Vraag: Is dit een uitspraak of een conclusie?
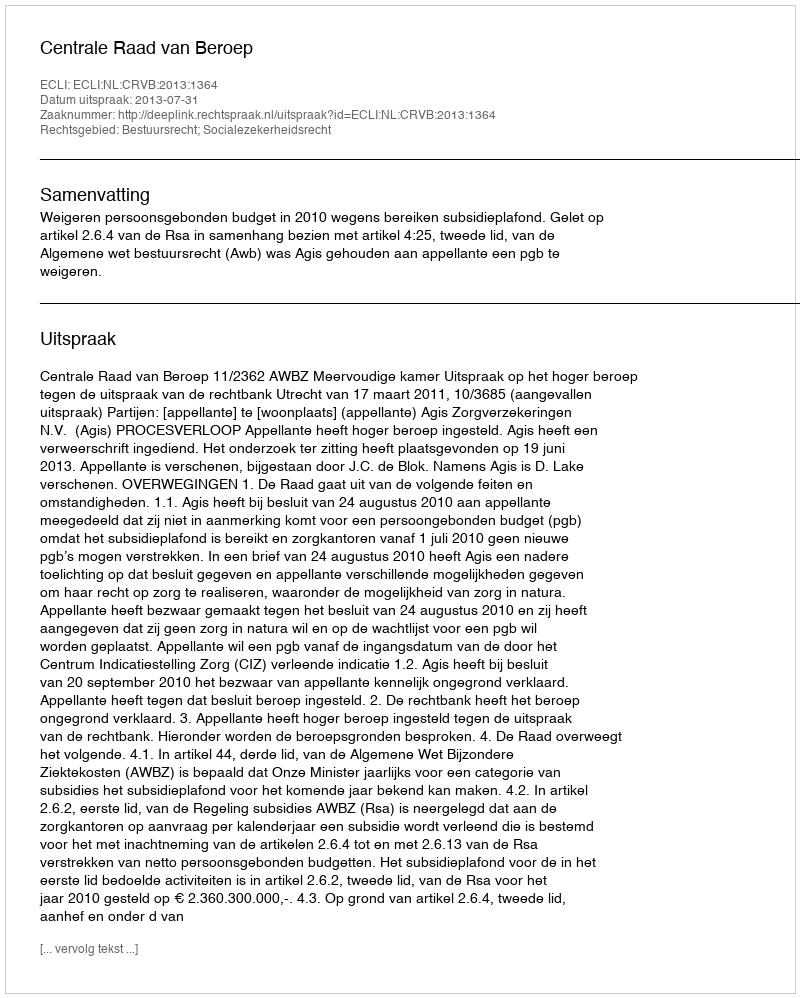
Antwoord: Uitspraak